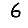
Digit: 6